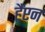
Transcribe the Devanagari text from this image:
हैंप्टन